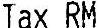
TAX RM